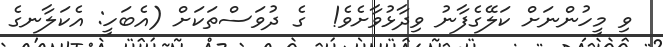
ވި މީހުންނަށް ކަލޭގެފާނު ވިދާޅުވާށެވެ!  ގެ ދުވަސްތަކަށް (އެބަހީ: އެކަލާނގެ